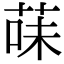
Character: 菋